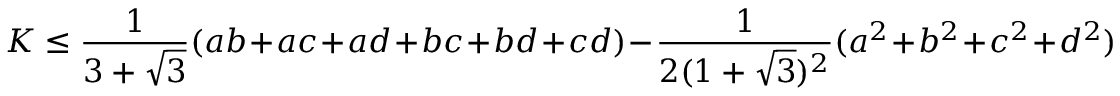
K \leq { \frac { 1 } { 3 + { \sqrt { 3 } } } } ( a b + a c + a d + b c + b d + c d ) - { \frac { 1 } { 2 ( 1 + { \sqrt { 3 } } ) ^ { 2 } } } ( a ^ { 2 } + b ^ { 2 } + c ^ { 2 } + d ^ { 2 } )